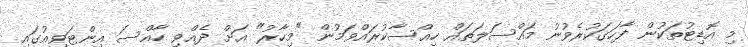
މި އޮޑިޓުތަކުން ފާހަގަކުރެވުނު މައްސަލަތައް ހިއްސާކުރައްވަމުން "މިހާރު" އަށް ދެއްވި ހާއްސަ އިންޓަވިއުގައި